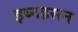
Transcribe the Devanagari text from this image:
इब्नहसन